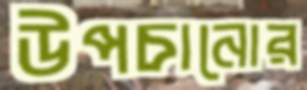
উপচানোর